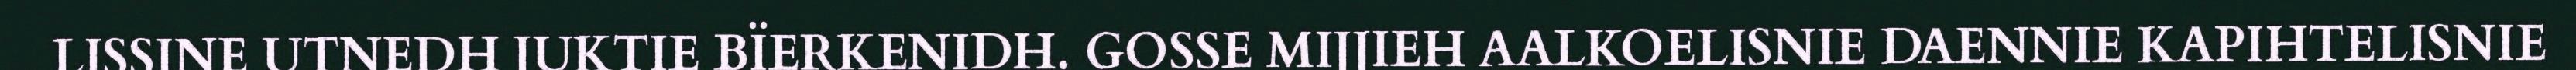
LISSINE UTNEDH JUKTIE BÏERKENIDH. GOSSE MIJJIEH AALKOELISNIE DAENNIE KAPIHTELISNIE